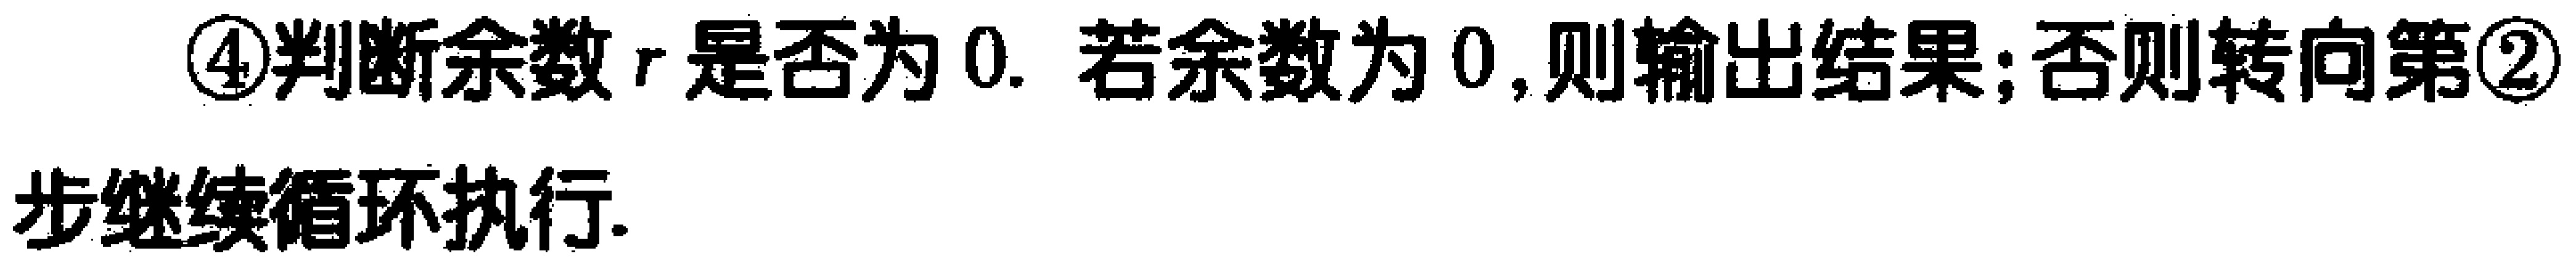
\textcircled{4}判断余数$r$是否为$0$. 若余数为$0$,则输出结果;否则转向第\textcircled{2}步继续循环执行.